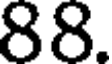
88.